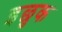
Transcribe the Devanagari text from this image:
इछुक